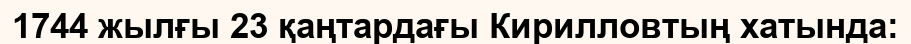
1744 жылғы 23 қаңтардағы Кирилловтың хатында: